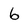
Character: 6